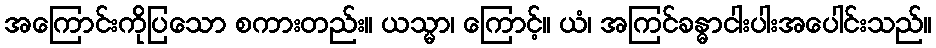
အကြောင်းကိုပြသော စကားတည်း။ ယသ္မာ၊ ကြောင့်။ ယံ၊ အကြင်ခန္ဓာငါးပါးအပေါင်းသည်။